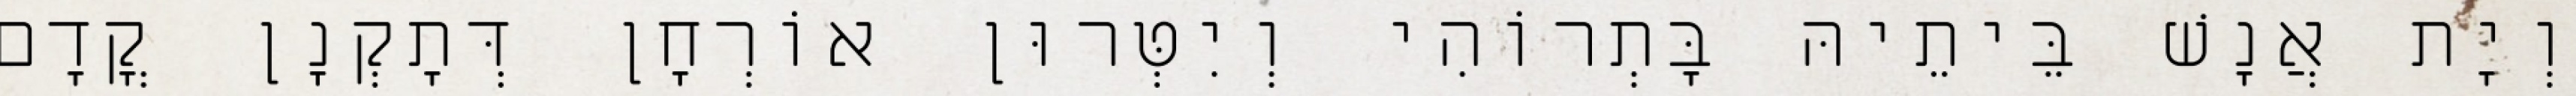
וְיָת אֲנָשׁ בֵּיתֵיהּ בָּתְרוֹהִי וְיִטְּרוּן אוֹרְחָן דְּתָקְנָן קֳדָם